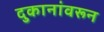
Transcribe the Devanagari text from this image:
दुकानांवरून